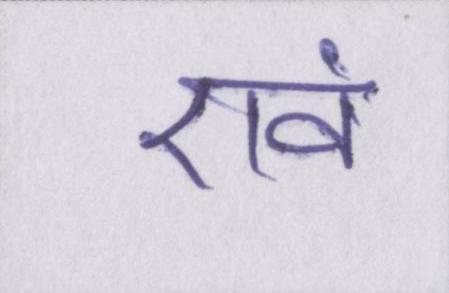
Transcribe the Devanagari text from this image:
एवं